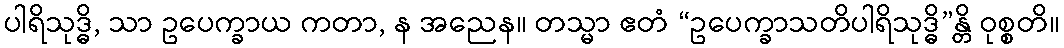
ပါရိသုဒ္ဓိ, သာ ဥပေက္ခာယ ကတာ, န အညေန။ တသ္မာ ဧတံ “ဥပေက္ခာသတိပါရိသုဒ္ဓိ”န္တိ ဝုစ္စတိ။